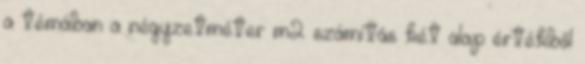
a témában a négyzetméter m2 számítás két alap értékből